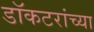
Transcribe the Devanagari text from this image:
डॉकटरांच्या